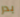
بدر